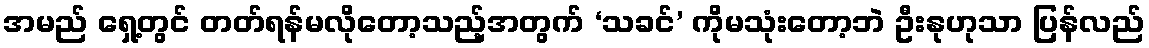
အမည် ရှေ့တွင် တတ်ရန်မလိုတော့သည့်အတွက် ‘သခင်’ ကိုမသုံးတော့ဘဲ ဦးနုဟုသာ ပြန်လည်